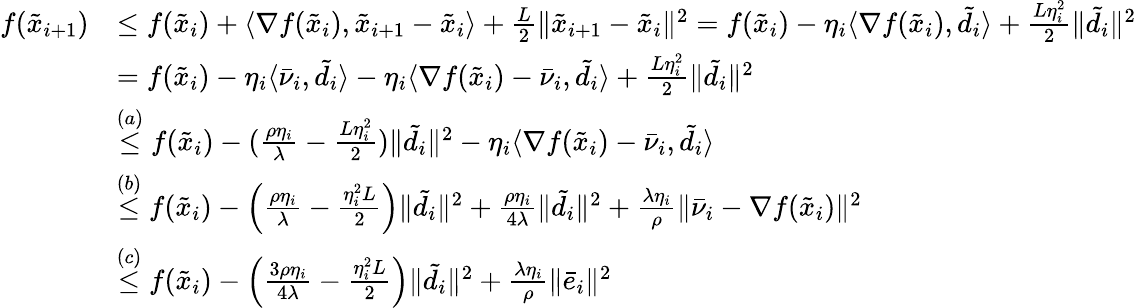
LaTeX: \begin{array}{rl}{f(\tilde{x}_{i+1})}&{\leq f(\tilde{x}_{i})+\langle\nabla f(\tilde{x}_{i}),\tilde{x}_{i+1}-\tilde{x}_{i}\rangle+\frac{L}{2}\| \tilde{x}_{i+1}-\tilde{x}_{i}\| ^{2}=f(\tilde{x}_{i})-\eta_{i}\langle\nabla f(\tilde{x}_{i}),\tilde{d}_{i}\rangle+\frac{L\eta_{i}^{2}}{2}\| \tilde{d}_{i}\| ^{2}}\\ &{=f(\tilde{x}_{i})-\eta_{i}\langle\bar{\nu}_{i},\tilde{d}_{i}\rangle-\eta_{i}\langle\nabla f(\tilde{x}_{i})-\bar{\nu}_{i},\tilde{d}_{i}\rangle+\frac{L\eta_{i}^{2}}{2}\| \tilde{d}_{i}\| ^{2}}\\ &{\overset{(a)}{\leq}f(\tilde{x}_{i})-(\frac{\rho\eta_{i}}{\lambda}-\frac{L\eta_{i}^{2}}{2})\| \tilde{d}_{i}\| ^{2}-\eta_{i}\langle\nabla f(\tilde{x}_{i})-\bar{\nu}_{i},\tilde{d}_{i}\rangle}\\ &{\overset{(b)}{\leq}f(\tilde{x}_{i})-\left(\frac{\rho\eta_{i}}{\lambda}-\frac{\eta_{i}^{2}L}{2}\right)\| \tilde{d}_{i}\| ^{2}+\frac{\rho\eta_{i}}{4\lambda}\| \tilde{d}_{i}\| ^{2}+\frac{\lambda\eta_{i}}{\rho}\| \bar{\nu}_{i}-\nabla f(\tilde{x}_{i})\| ^{2}}\\ &{\overset{(c)}{\leq}f(\tilde{x}_{i})-\left(\frac{3\rho\eta_{i}}{4\lambda}-\frac{\eta_{i}^{2}L}{2}\right)\| \tilde{d}_{i}\| ^{2}+\frac{\lambda\eta_{i}}{\rho}\| \bar{e}_{i}\| ^{2}}\end{array}